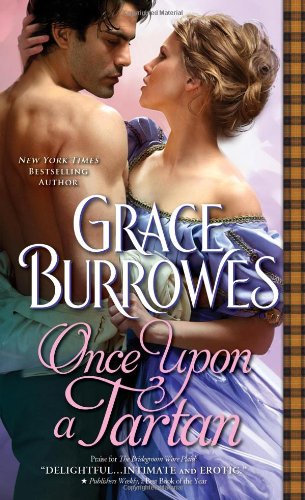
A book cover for Once Upon a Tartan (MacGregor Series); Grace Burrowes; Romance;